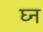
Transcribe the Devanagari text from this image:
घ्न